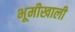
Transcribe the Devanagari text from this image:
भूमीखाली